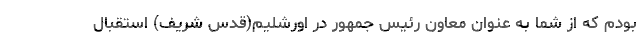
بودم که از شما به عنوان معاون رئیس جمهور در اورشلیم(قدس شریف) استقبال